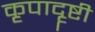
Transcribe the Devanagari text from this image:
कृपादॄष्टी